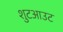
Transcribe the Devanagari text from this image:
शुटआउट